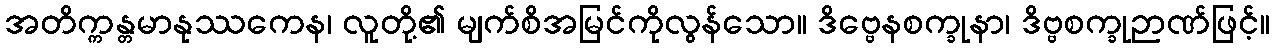
အတိက္ကန္တမာနုဿကေန၊ လူတို့၏ မျက်စိအမြင်ကိုလွန်သော။ ဒိဗ္ဗေနစက္ခုနာ၊ ဒိဗ္ဗစက္ခုဉာဏ်ဖြင့်။